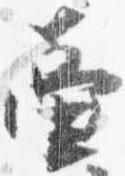
壷